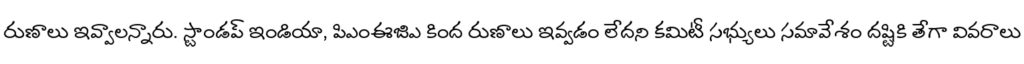
రుణాలు ఇవ్వాలన్నారు. స్టాండప్ ఇండియా, పిఎంఈజిఎ కింద రుణాలు ఇవ్వడం లేదని కమిటీ సభ్యులు సమావేశం దష్టికి తేగా వివరాలు